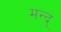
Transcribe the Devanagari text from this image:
मन्द्